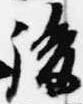
後